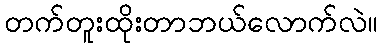
တက်တူးထိုးတာဘယ်လောက်လဲ။